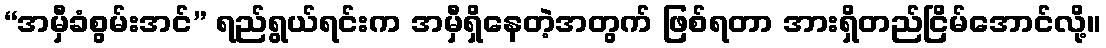
“အမှီခံစွမ်းအင်” ရည်ရွယ်ရင်းက အမှီရှိနေတဲ့အတွက် ဖြစ်ရတာ အားရှိတည်ငြိမ်အောင်လို့။